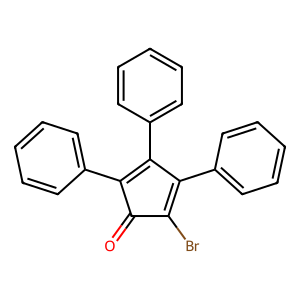
SMILES: O=C1C(Br)=C(c2ccccc2)C(c2ccccc2)=C1c1ccccc1
Inhibits HIV replication: No